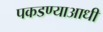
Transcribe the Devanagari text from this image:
पकडण्याआधी